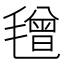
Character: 𣯿